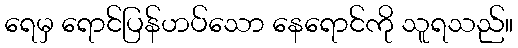
ရေမှ ရောင်ပြန်ဟပ်သော နေရောင်ကို သူရသည်။